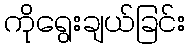
ကိုရွေးချယ်ခြင်း